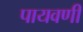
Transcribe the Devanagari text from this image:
पायवणी